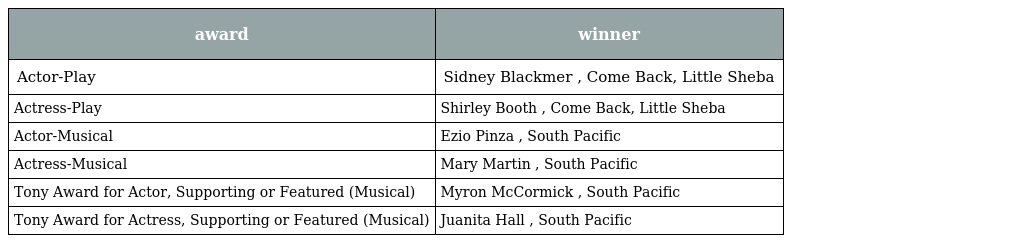
| award | winner |
 | --- | --- |
 | Actor-Play | Sidney Blackmer , Come Back, Little Sheba |
 | Actress-Play | Shirley Booth , Come Back, Little Sheba |
 | Actor-Musical | Ezio Pinza , South Pacific |
 | Actress-Musical | Mary Martin , South Pacific |
 | Tony Award for Actor, Supporting or Featured (Musical) | Myron McCormick , South Pacific |
 | Tony Award for Actress, Supporting or Featured (Musical) | Juanita Hall , South Pacific |